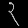
Digit: ၃